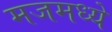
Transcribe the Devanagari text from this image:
मजमध्ये